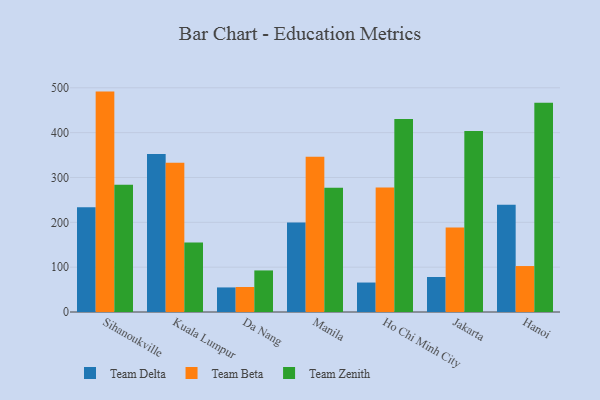
{"axis": {"x": "City", "y": "Page Views"}, "legend": ["Team Beta", "Team Delta", "Team Zenith"], "data": [{"x": "Sihanoukville", "y": 233.4, "type": "Team Delta"}, {"x": "Sihanoukville", "y": 491.5, "type": "Team Beta"}, {"x": "Sihanoukville", "y": 283.9, "type": "Team Zenith"}, {"x": "Kuala Lumpur", "y": 352.3, "type": "Team Delta"}, {"x": "Kuala Lumpur", "y": 333.1, "type": "Team Beta"}, {"x": "Kuala Lumpur", "y": 155.1, "type": "Team Zenith"}, {"x": "Da Nang", "y": 54.8, "type": "Team Delta"}, {"x": "Da Nang", "y": 55.8, "type": "Team Beta"}, {"x": "Da Nang", "y": 92.7, "type": "Team Zenith"}, {"x": "Manila", "y": 199.4, "type": "Team Delta"}, {"x": "Manila", "y": 346.4, "type": "Team Beta"}, {"x": "Manila", "y": 277.1, "type": "Team Zenith"}, {"x": "Ho Chi Minh City", "y": 65.7, "type": "Team Delta"}, {"x": "Ho Chi Minh City", "y": 277.9, "type": "Team Beta"}, {"x": "Ho Chi Minh City", "y": 430.6, "type": "Team Zenith"}, {"x": "Jakarta", "y": 78.1, "type": "Team Delta"}, {"x": "Jakarta", "y": 188.6, "type": "Team Beta"}, {"x": "Jakarta", "y": 403.8, "type": "Team Zenith"}, {"x": "Hanoi", "y": 239.2, "type": "Team Delta"}, {"x": "Hanoi", "y": 102.5, "type": "Team Beta"}, {"x": "Hanoi", "y": 466.4, "type": "Team Zenith"}]}